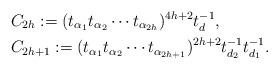
LaTeX: \begin{align*}&C_{2h}:=(t_{\alpha_1}t_{\alpha_2}\cdots t_{\alpha_{2h}})^{4h+2}t_d^{-1}, \\&C_{2h+1}:=(t_{\alpha_1}t_{\alpha_2}\cdots t_{\alpha_{2h+1}})^{2h+2}t_{d_2}^{-1}t_{d_1}^{-1}.\end{align*}